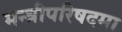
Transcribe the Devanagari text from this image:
मन्त्रीपरिषदमा